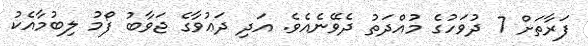
ފަރާތަށް 7 ދުވަހުގެ މުއްދަތު ދެވޭނެއެވެ. އަދި ދަޢުވާގެ ޖަވާބު ފޯމު ލިބުމާއެކު